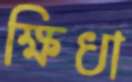
ক্ষিধা